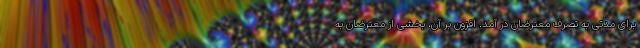
برای مدتی به تصرف معترضان در آمد. افزون بر آن، بخشی از معترضان به